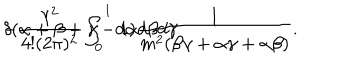
- \frac { \lambda ^ { 2 } } { 4 ! ( 2 \pi ) ^ { 2 } } \int _ { 0 } ^ { 1 } d \alpha d \beta d \gamma \hspace { 1 m m } \delta ( \alpha + \beta + \gamma - 1 ) \frac { 1 } { m ^ { 2 } ( \beta \gamma + \alpha \gamma + \alpha \beta ) } .